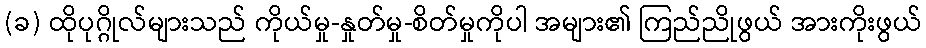
(ခ) ထိုပုဂ္ဂိုလ်များသည် ကိုယ်မှု-နှုတ်မှု-စိတ်မှုကိုပါ အများ၏ ကြည်ညိုဖွယ် အားကိုးဖွယ်